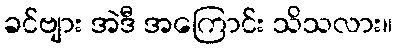
ခင်ဗျား အဲဒီ အကြောင်း သိသလား။